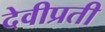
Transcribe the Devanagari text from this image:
देवीप्रती